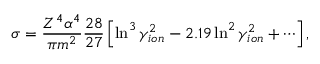
\sigma = \frac { Z ^ { 4 } \alpha ^ { 4 } } { \pi m ^ { 2 } } \frac { 2 8 } { 2 7 } \left[ \ln ^ { 3 } \gamma _ { i o n } ^ { 2 } - 2 . 1 9 \ln ^ { 2 } \gamma _ { i o n } ^ { 2 } + \cdots \right] ,